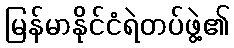
မြန်မာနိုင်ငံရဲတပ်ဖွဲ့၏